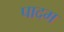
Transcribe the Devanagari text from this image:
पादम